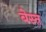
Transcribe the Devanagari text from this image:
बेस्त